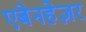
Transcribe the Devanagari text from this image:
एबेनहेज़र